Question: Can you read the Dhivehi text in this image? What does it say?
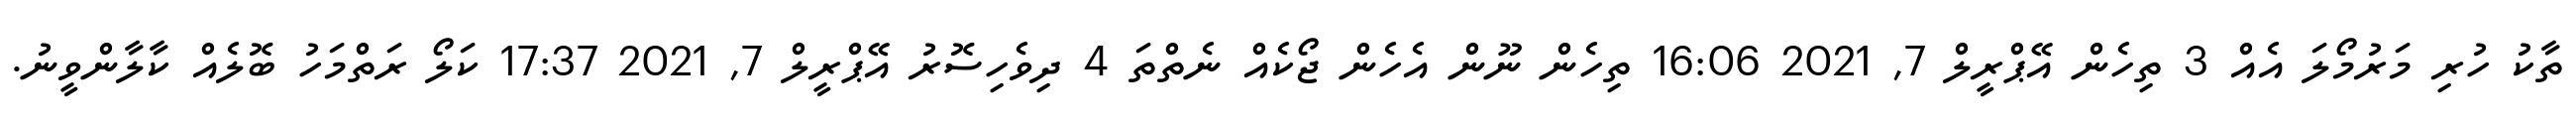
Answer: ތާކު ހުރި މަރުމޯލަ އެއް 3 ތިހެން އޭޕްރީލް 7, 2021 16:06 ތިހެން ނޫން އެހެން ޖޯކެއް ނެތްތަ 4 ދިވެހިސޮރު އޭޕްރީލް 7, 2021 17:37 ކަލޯ ރަތްމަހު ބޮލެއް ކާލާންވީނު.